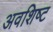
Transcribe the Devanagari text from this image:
अवशिष्‍ट